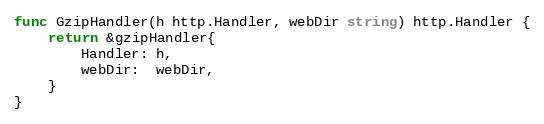
Language: Go
func GzipHandler(h http.Handler, webDir string) http.Handler {
	return &gzipHandler{
		Handler: h,
		webDir:  webDir,
	}
}